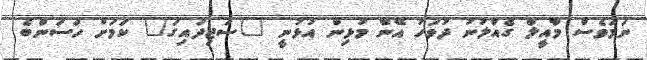
ނަމަވެސް މާއީލް ގެއްލުނު ދުވަހު އޭނާ މުޅިން އުޅުނީ "ސަޖިދައިގަ" ކަމަށް ހަސަންބެ